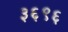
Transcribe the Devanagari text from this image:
३६९६